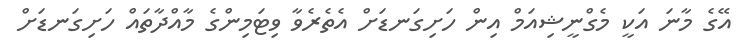
އޭގެ މާނަ އަކީ މެގްނީޝިއަމް އިން ހަށިގަނޑަށް އެތެރެވާ ވިޓަމިންގެ މާއްދާތައް ހަށިގަނޑަށް